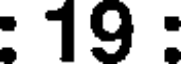
: 19 :